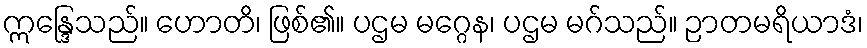
ဣန္ဒြေသည်။ ဟောတိ၊ ဖြစ်၏။ ပဌမ မဂ္ဂေန၊ ပဌမ မဂ်သည်။ ဉာတမရိယာဒံ၊